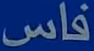
فاس